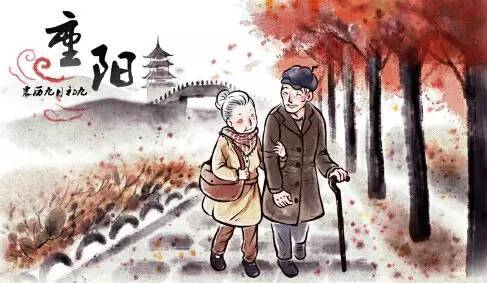
万里秋光客兴赊，同人九日惜年华。